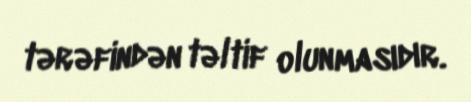
tərəfindən təltif olunmasıdır.